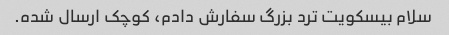
سلام بیسکویت ترد بزرگ سفارش دادم، کوچک ارسال شده.